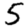
Digit: 5